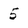
Character: 5